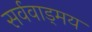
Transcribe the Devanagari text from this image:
सर्ववाड्मय